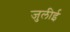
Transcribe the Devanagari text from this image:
जुलीई